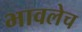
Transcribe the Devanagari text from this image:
भावलेच